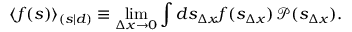
\langle f ( s ) \rangle _ { ( s | d ) } \equiv \operatorname* { l i m } _ { \Delta x \rightarrow 0 } \int d s _ { \Delta x } f ( s _ { \Delta x } ) \, { \mathcal { P } } ( s _ { \Delta x } ) .